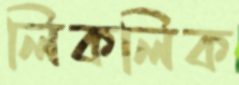
লিকলিক